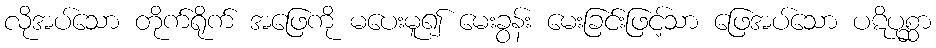
လိုအပ်သော တိုက်ရိုက် အဖြေကို မပေးမူ၍ မေးခွန်း မေးခြင်းဖြင့်သာ ဖြေအပ်သော ပဋိပုစ္ဆာ